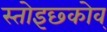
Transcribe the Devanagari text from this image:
स्तोइछ्कोव्